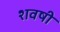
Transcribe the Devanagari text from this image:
शवषी